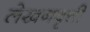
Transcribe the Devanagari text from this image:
लेखनवृत्ती